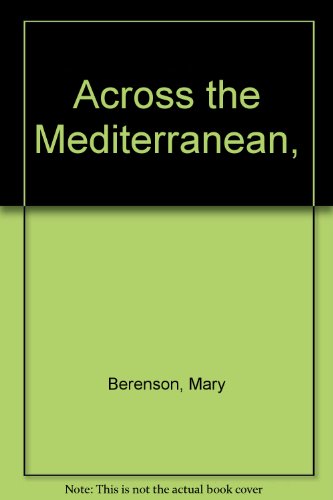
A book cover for Across the Mediterranean,; Mary Berenson; Travel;